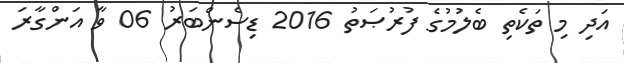
އަދި މި ތަކެތި ބެލުމުގެ ފުރުޞަތު 2016 ޑިސެންބަރު 06 ވާ އަންގާރަ